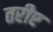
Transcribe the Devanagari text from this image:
तरीए